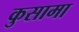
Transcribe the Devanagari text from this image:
कुसामा